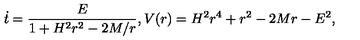
\dot { t } = \frac { E } { 1 + H ^ { 2 } r ^ { 2 } - 2 M / r } , V ( r ) = H ^ { 2 } r ^ { 4 } + r ^ { 2 } - 2 M r - E ^ { 2 } ,